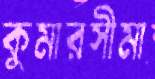
কুমারসীমা